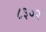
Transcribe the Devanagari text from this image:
८३०२